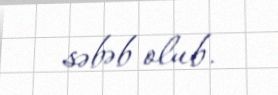
səbəb olub.